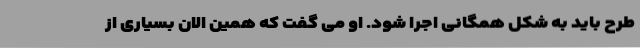
طرح باید به شکل همگانی اجرا شود. او می گفت که همین الان بسیاری از